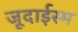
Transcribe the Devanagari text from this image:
जूदाईस्म